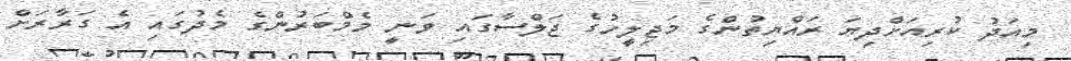
މިއަދު ކުރިއަށްދިޔަ ރައްޔިތުންގެ މަޖިލީހުގެ ޖަލްސާގައި ވަނީ މެމްބަރުންގެ މެދުގައި އެ ގަރާރަށް